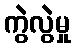
ကွဲလွဲမှု